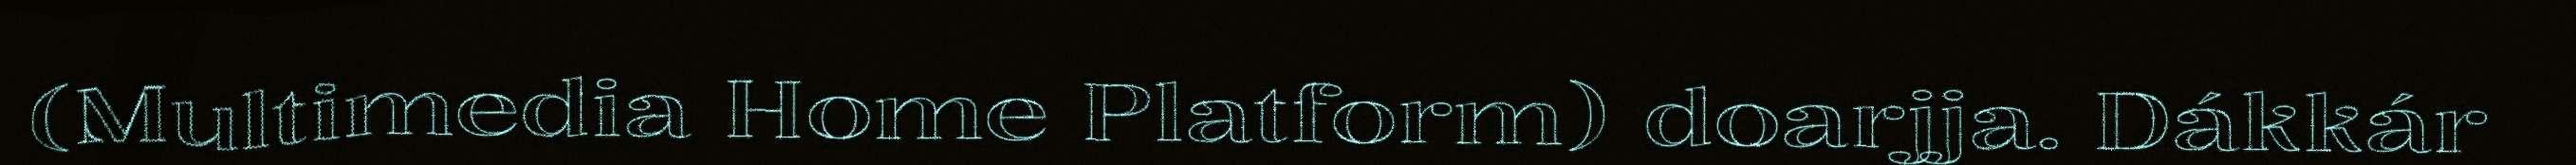
(Multimedia Home Platform) doarjja. Dákkár